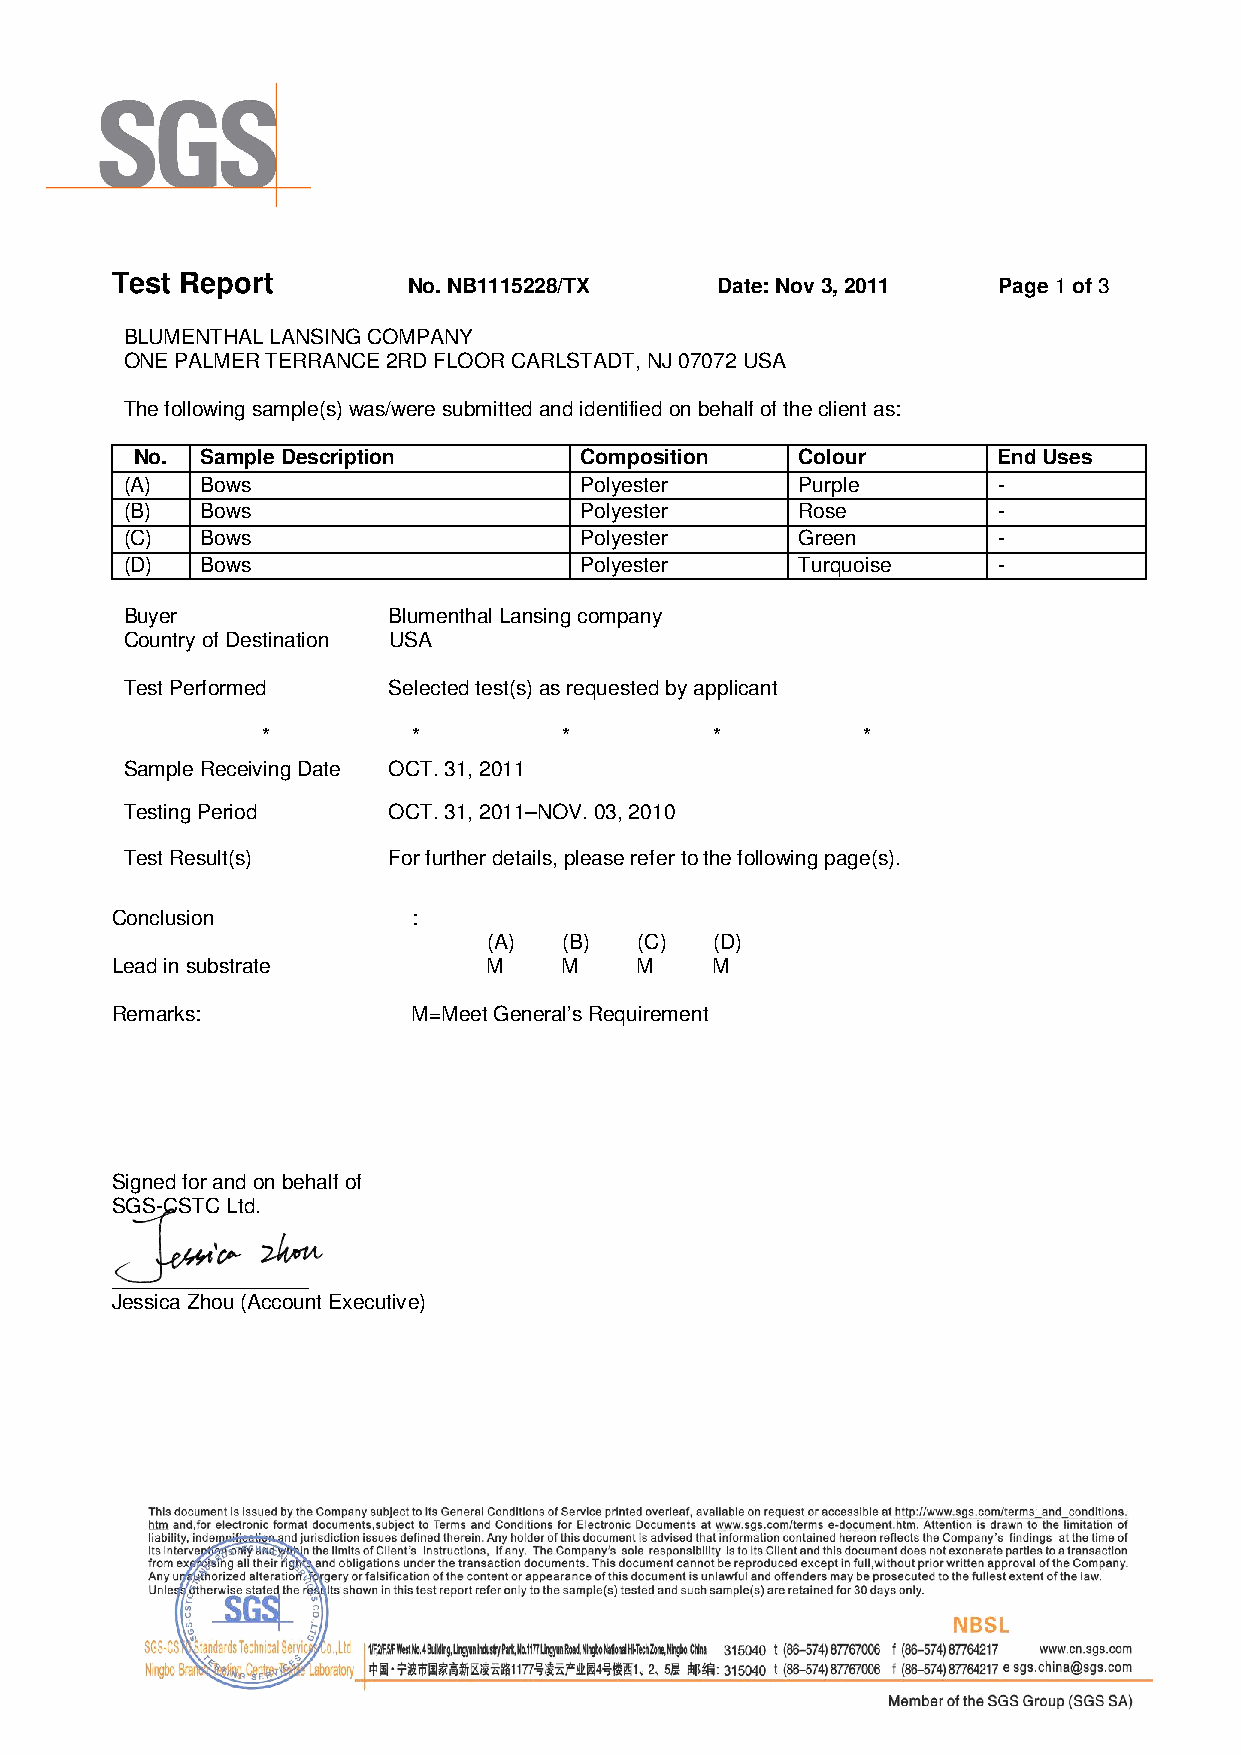
Test Report         No. NB1115228/TX     Date: Nov 3, 2011 Page 1 of 3
 BLUMENTHAL LANSING COMPANY
 ONE PALMER TERRANCE 2RD FLOOR CARLSTADT, NJ 07072 USA
 The following sample(s) was/were submitted and identified on behalf of the client as:
 No. Sample Description       Composition    Colour       End Uses
 (A)  Bows                     Polyester      Purple       -
 (B)  Bows                     Polyester      Rose         -
 (C)  Bows                     Polyester      Green        -
 (D)  Bows                     Polyester      Turquoise    -
 Buyer             Blumenthal Lansing company
 Country of Destination USA
 Test Performed    Selected test(s) as requested by applicant
 *         *         *         *         *
 Sample Receiving Date OCT. 31, 2011
 Testing Period    OCT. 31, 2011–NOV. 03, 2010
 Test Result(s)    For further details, please refer to the following page(s).
 Conclusion          :
 (A)  (B)  (C)  (D)
 Lead in substrate        M    M    M    M
 Remarks:            M=Meet General’s Requirement
 Signed for and on behalf of
 SGS-CSTC Ltd.
 _________________
 Jessica Zhou (Account Executive)